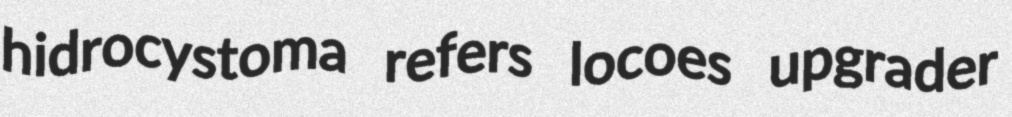
hidrocystoma refers locoes upgrader